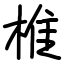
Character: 椎